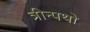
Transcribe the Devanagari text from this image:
त्रीन्पथो